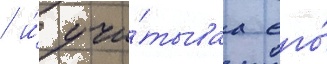
/ и́ учи́тываа его́